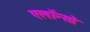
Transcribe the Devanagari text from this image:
एलॉन्सो